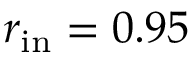
r _ { \mathrm { i n } } = 0 . 9 5